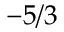
- 5 / 3